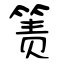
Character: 箦